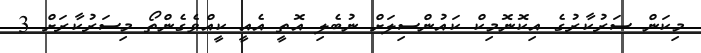
މިކަން ސަރުކާރުގެ އިކޮނޮމިކް ކައުންސިލަށް ނުބެލި އޮތީ އެއީ ކީއްވެގެންތޯ މިސަރުކާރަށް 3